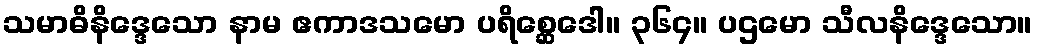
သမာဓိနိဒ္ဒေသော နာမ ဧကာဒသမော ပရိစ္ဆေဒေါ။ ၃၆၄။ ပဌမော သီလနိဒ္ဒေသော။